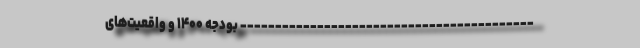
------------------------------------------ بودجه ۱۴۰۰ و واقعیت‌های